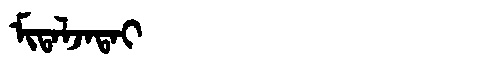
Manchu: ᠮᡳᡨᠠᠯᠵᠠᡨᠠᡳ
Romanization: MITALJATAI